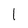
Character: 1